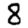
Digit: 8